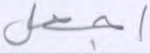
أجعل